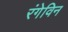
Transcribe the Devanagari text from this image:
रंगेविन